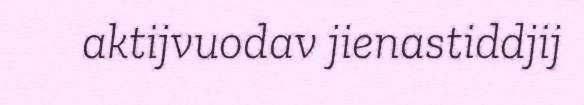
aktijvuodav jienastiddjij